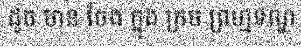
ដូច មាន ចែង ក្នុង ក្រម ព្រហ្មទណ្ឌ